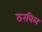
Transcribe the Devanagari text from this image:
ठरविल